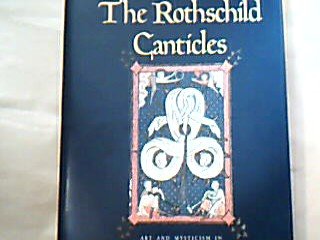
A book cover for The Rothschild Canticles: Art and Mysticism in Flanders and the Rhineland circa 1300 (Yale Publications in the History of Art); Jeffery F. Hamburger; Arts & Photography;